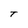
Character: T